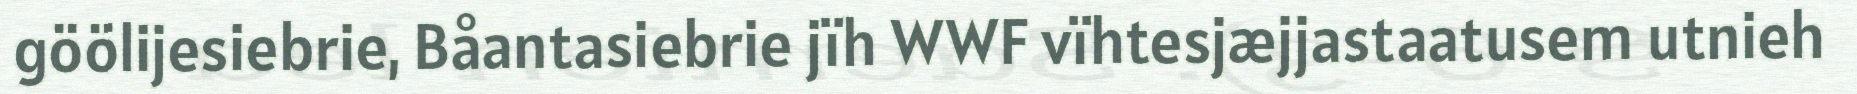
göölijesiebrie, Båantasiebrie jïh WWF vïhtesjæjjastaatusem utnieh